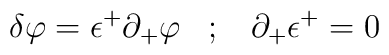
\delta\varphi=\epsilon^+\partial_+\varphi\;\;\; ; \;\;\;\partial_+\epsilon^+ =0